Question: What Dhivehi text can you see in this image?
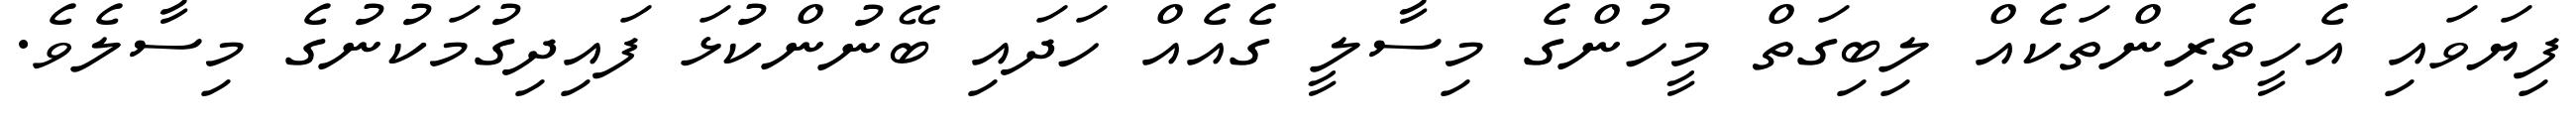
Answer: ފިޔަވައި އެހީތެރިންތަކެއް ލިބިގަތް މީހުންގެ މިސާލީ ގެއެއް ހަދައި ބޭނުންކުޅަ ފައިދިގުމަކުނުގެ މިސާލެވެ.